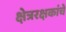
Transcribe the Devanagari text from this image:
क्षेत्ररक्षकांचे